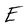
Character: E